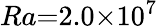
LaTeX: Ra{=}2.0{\times}10^{7}